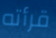
قرأته